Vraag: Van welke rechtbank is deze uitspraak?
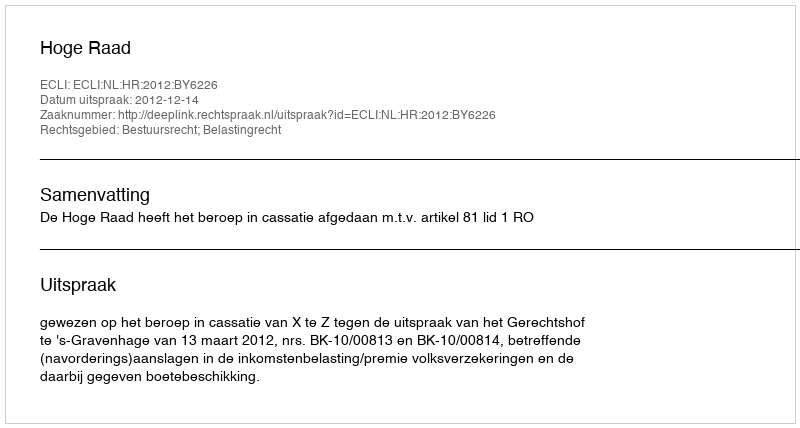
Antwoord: Hoge Raad